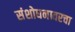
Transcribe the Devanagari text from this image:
संशोधनावरचा